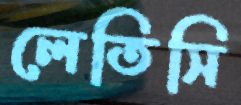
লেতিসি